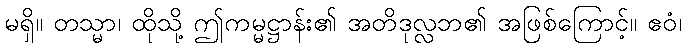
မရှိ။ တသ္မာ၊ ထိုသို့ ဤကမ္မဋ္ဌာန်း၏ အတိဒုလ္လဘ၏ အဖြစ်ကြောင့်။ ဧဝံ၊